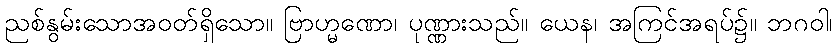
ညစ်နွမ်းသောအဝတ်ရှိသော။ ဗြာဟ္မဏော၊ ပုဏ္ဏားသည်။ ယေန၊ အကြင်အရပ်၌။ ဘဂဝါ၊